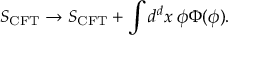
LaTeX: S _ { \mathrm { C F T } } \to S _ { \mathrm { C F T } } + \int d ^ { d } x \; \phi \Phi ( \phi ) .